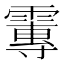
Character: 𩅂